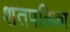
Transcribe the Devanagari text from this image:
शतपत्रिका